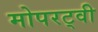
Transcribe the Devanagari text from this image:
मोपरट्वी